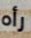
رأه